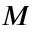
_ { M }